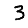
Digit: 3